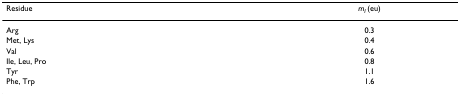
<table><thead><tr><td><b>Residue</b></td><td><b><i>m</i><sub><i>I </i></sub>(eu)</b></td></tr></thead><tbody><tr><td>Arg</td><td>0.3</td></tr><tr><td>Met, Lys</td><td>0.4</td></tr><tr><td>Val</td><td>0.6</td></tr><tr><td>Ile, Leu, Pro</td><td>0.8</td></tr><tr><td>Tyr</td><td>1.1</td></tr><tr><td>Phe, Trp</td><td>1.6</td></tr></tbody></table>